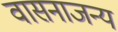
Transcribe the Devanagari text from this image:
वासनाजन्य